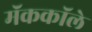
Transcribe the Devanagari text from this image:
मॅककॉले